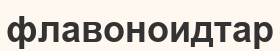
флавоноидтар